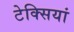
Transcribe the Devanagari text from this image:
टेक्सियां